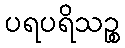
ပရပရိသဉ္စ